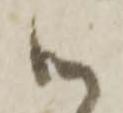
御